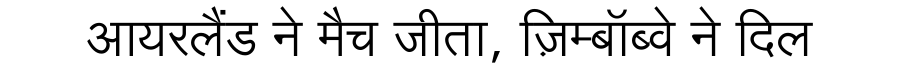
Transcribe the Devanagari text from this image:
आयरलैंड ने मैच जीता, ज़िम्बॉब्वे ने दिल